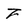
Character: Z